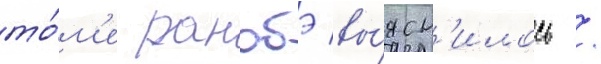
то́м'е ранобэ вы́ясн'илось /